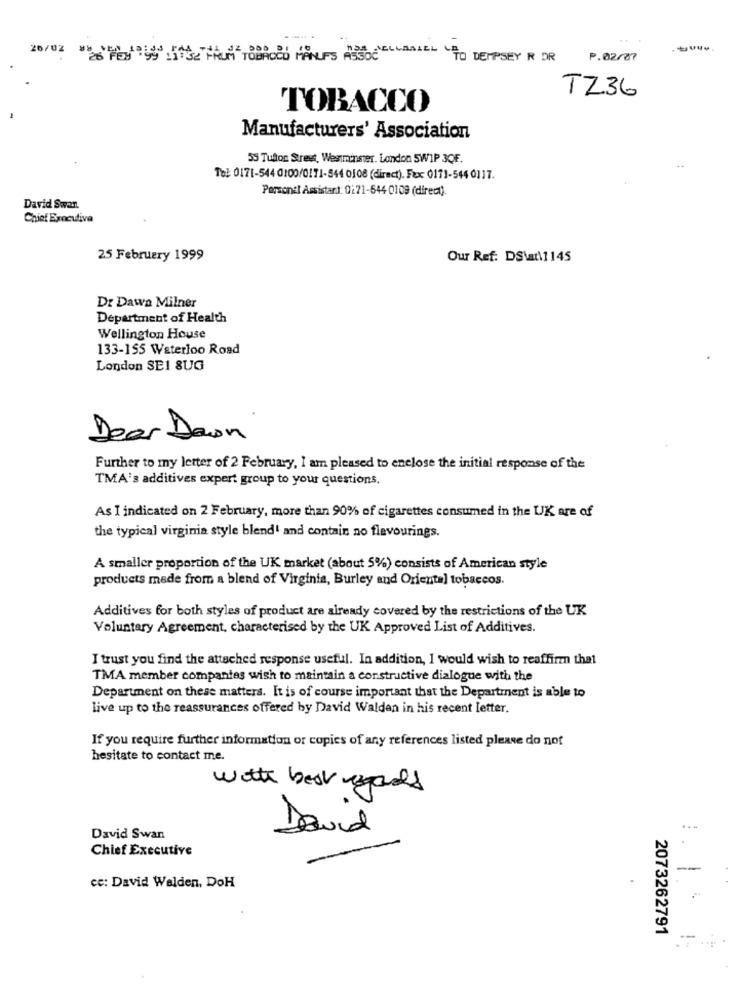
20/02 "TATOO HILFS TO DEMPSEY R OR
P.02/07
TZ36
TOBACCO
Manufacturers' Association
55 Tufton Street, Westminster. London SWIP 3QF.
Tel: 0171-544 0100/0171-544 0108 (direct). Fax: 0171-544 0117.
Personel Assistart: 0271-544 0109 (direct)
David Swan.
Chief Executive
25 February 1999
Our Ref: DS\at\1145
Dr Dawa Milner
Department of Health
Wellington House
133-155 Waterloo Road
London SE1 SUG
Dear Down
Further to my letter of 2 February, I am pleased to enclose the initial response of the
TMA's additives expert group to your questions.
As I indicated on 2 February, more than 90% of cigarettes consumed in the UK are of
the typical virginia style blend' and contain no flavourings.
A smaller proportion of the UK market (about 5%) consists of American style
products made from a blend of Virginia, Burley and Oriental tobaccos.
Additives for both styles of product are already covered by the restrictions of the UK
Voluntary Agreement, characterised by the UK Approved List of Additives.
I trust you find the attached response useful. In addition, I would wish to reaffirm that
TMA member compantes wish to maintain a constructive dialogue with the
Department on these matters. It is of course important that the Department is able to
live up to the reassurances offered by David Walden in his recent letter.
If you require further information or copies of any references listed please do not
hesitate to contact me.
with best regards
David
David Swan
Chief Executive
cc: David Walden, DoH
2073262791